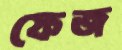
ফেজ